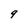
Character: 9